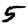
Digit: 5